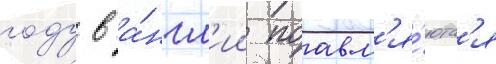
году в а́нгл'ии поавл'я́ютс'я